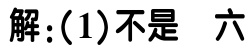
解：(1)不是 六